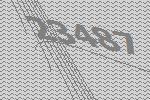
23487